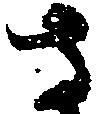
さ